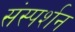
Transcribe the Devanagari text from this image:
संस्पर्शन